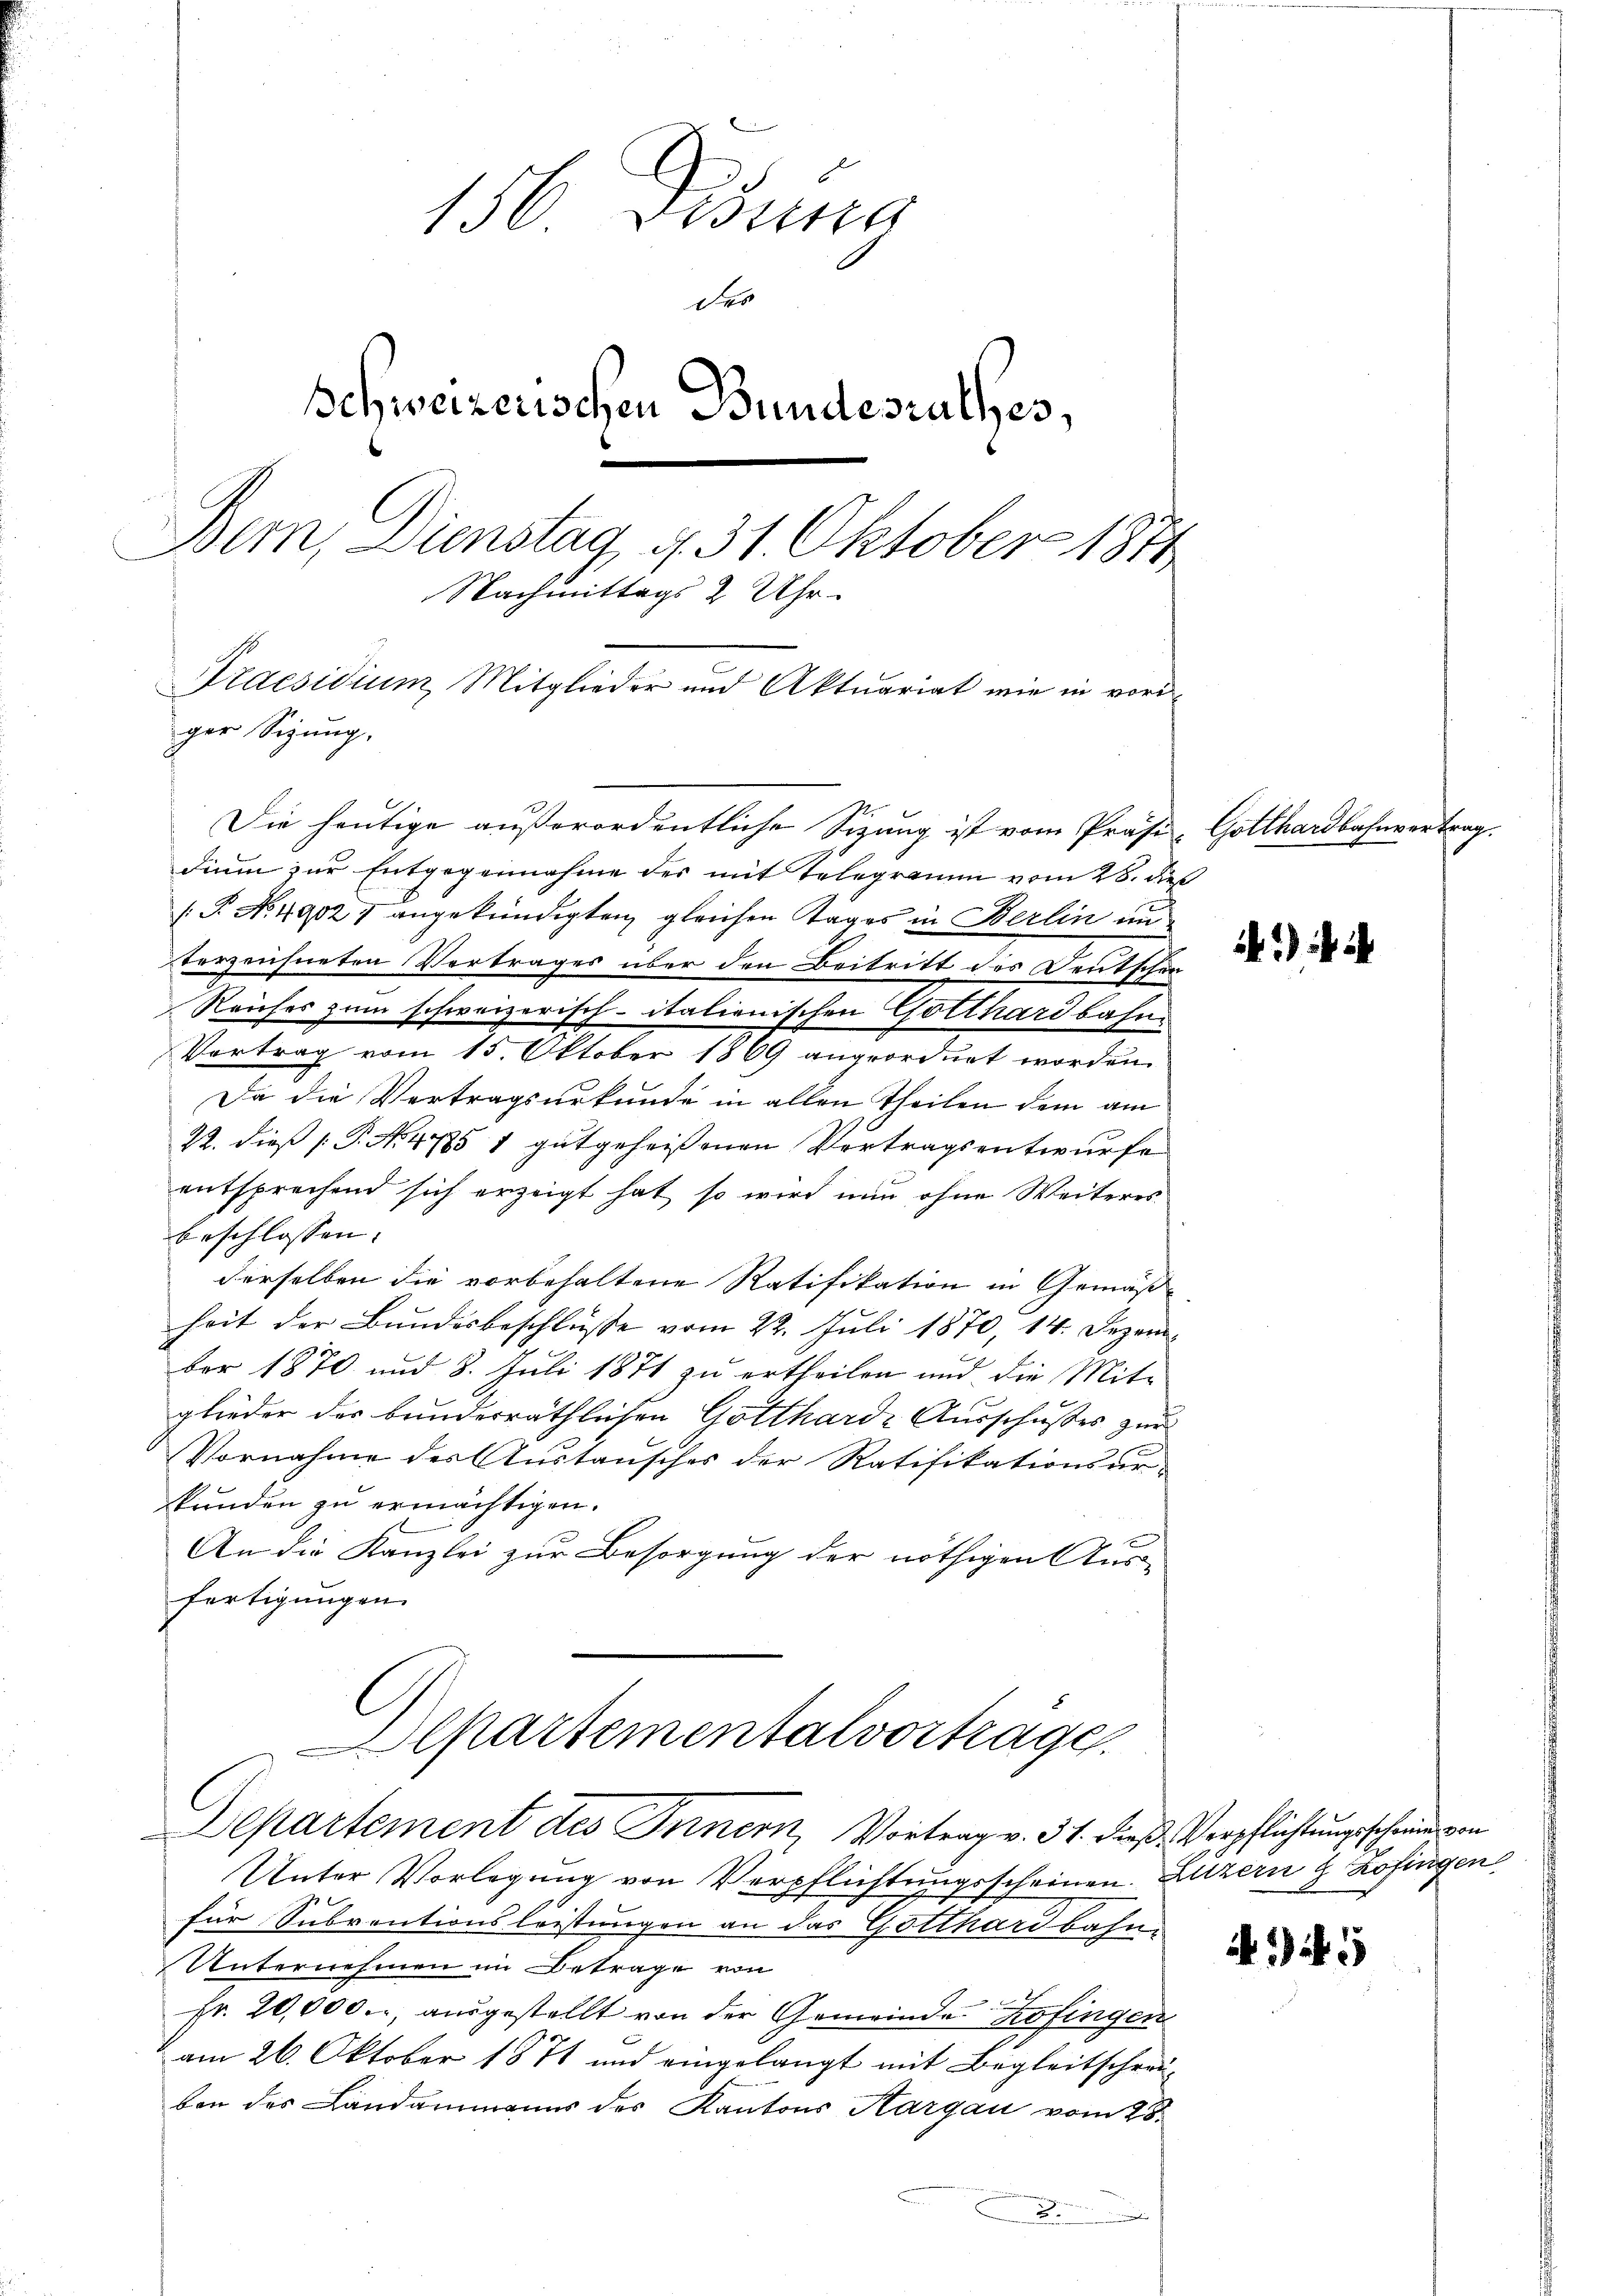
156. Desung
des
Schweizerischen Bundesrathes,
Dem Dienstag, 431. Oktober 1874
Nachmittags 2 Uhr.
Praesidium, Mitglieder und Aktuariat wie in vori¬

dium zur Entgegennahme des mit Telegramm vom 28. die
P No. 49027 angekündigten gleichen Tages in Berlin un
terzeichneten Vertrages über den Beitritt des Deutschei¬
Reiches zum schweizerisch-italienischen Gotthardbahn
Vertrag vom 15. Oktober 1869 angeordnet worden.
Da die Vertragsurkunde in allen Theilen dem am
22. dieß P. No. 4785 1 gutgeheissenen Vertragsentwurfe
entsprechend sich erzeigt hat, so wird nun ohne Weiteres
beschlossen. |
derselben die vorbehaltene Ratifikation in Gemäßheit der Bundesbeschlüsse vom 22. Juli 1870, 14. Dezem
ber 1870 und 8. Juli 1871 zu ertheilen und die Mit-
glieder der bunderräthlichen Gottharde Ausschusses zur
Vornahme der Austausches der Ratifikationsur-
stunden zu ermächtigen.
An die Kanzlei zur Besorgung der nöthigen Aus-
fertigungen.
partementalvorträge.
Departement des Innern, Vortrag v. 31. dieß Verpflichtungsschein von
Unter Vorlegung von Verpflichtungsscheinen. Luzern & Zofingen
für Subventionsleistungen an das Gotthardbahn-
Unternehmen im Betrage von
Fr. 20,000., ausgestellt von der Gemeinde Kofingen
am 26. Oktober 1871 und eingelangt mit Begleitscheru-
ben des Landammanns des Kantons Aargau vom 28.

ger Sigung.
Die heutige außerordentliche Sizung ist vom Präsi- Gotthardbahnvertrag.

t

)

1)